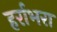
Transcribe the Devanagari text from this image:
हर्राभरा